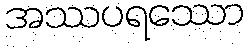
အဿပရဿော